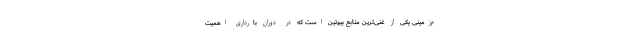
م‌زمینی یکی از غنی‌ترین منابع بیوتین است که در دوران بارداری اهمیت